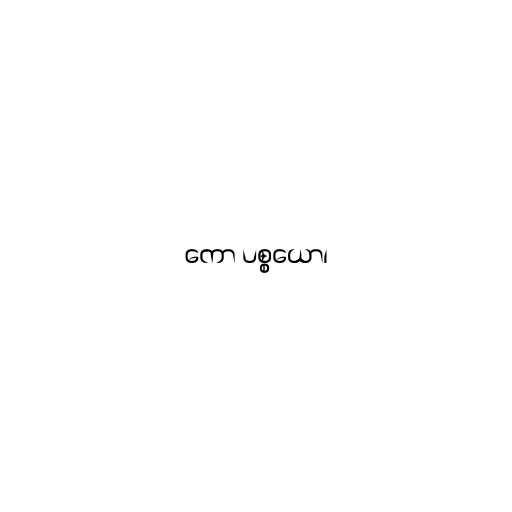
ကော ပစ္စယော၊